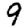
Digit: 9